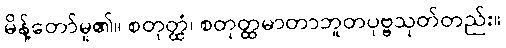
မိန့်တော်မူ၏။ စတုတ္ထံ၊ စတုတ္ထမာတာဘူတပုဗ္ဗသုတ်တည်း။